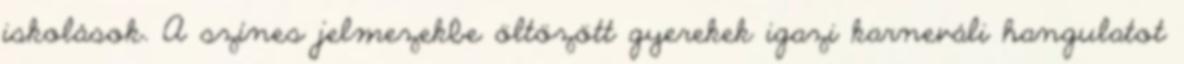
iskolások. A színes jelmezekbe öltözött gyerekek igazi karneváli hangulatot